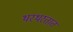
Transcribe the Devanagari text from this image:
थरथरतात